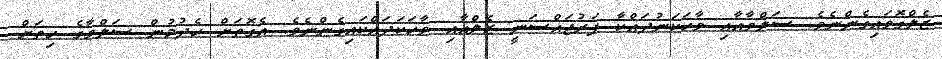
ޒެލްގޮވައިގެންނެވެ. ސަލްވާއާއި ވާހަކަނުދައްކާ ފަރުޖައްސަނީ ޒެލްއާއި ވާހަކަދައްކައިގެންނެވެ. އެގޮތަށް ހެދުމުން ސަލްވާގެ ހިތަށް